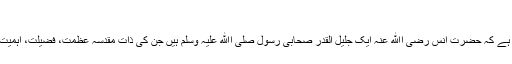
{ابن سعد}
مذکورہ تمام باتوں سے یہی بات معلوم ہوتی ہے کہ حضرت انس رضی اﷲ عنہ ایک جلیل القدر صحابی رسول صلی اﷲ علیہ وسلم ہیں جن کی ذات مقدسہ عظمت، فضیلت، اہمیت، افادیت اور بے پناہ مقبولیت کے حامل ہیں۔